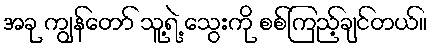
အခု ကျွန်တော် သူ့ရဲ့ သွေးကို စစ်ကြည့်ချင်တယ်။